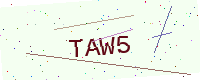
Text: TAW5